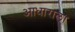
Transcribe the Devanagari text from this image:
आधाराला